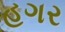
હગર